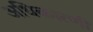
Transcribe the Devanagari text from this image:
अधिकारणी